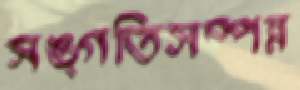
সঙ্গতিসম্পন্ন